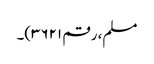
مسلم، رقم ۳۶۲۱)۔